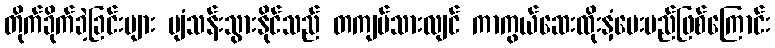
တိုက်ခိုက်ခဲ့ခြင်းများ ပျံသန်းသွားနိုင်သည် တကျပ်သားလျင် ကာကွယ်ဆေးထိုးနှံပေးမည်ဖြစ်ကြောင်း